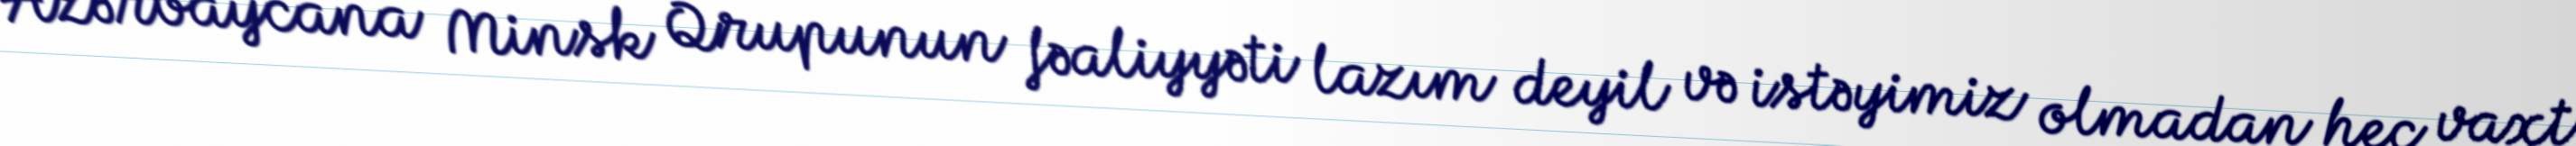
Azərbaycana Minsk Qrupunun fəaliyyəti lazım deyil və istəyimiz olmadan heç vaxt